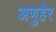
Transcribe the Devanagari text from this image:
अणुहेर